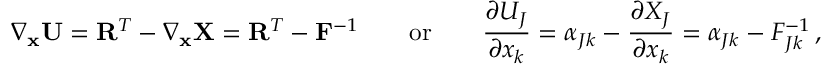
\nabla _ { \mathbf { x } } \mathbf { U } = \mathbf { R } ^ { T } - \nabla _ { \mathbf { x } } \mathbf { X } = \mathbf { R } ^ { T } - \mathbf { F } ^ { - 1 } \qquad { \mathrm { o r } } \qquad { \frac { \partial U _ { J } } { \partial x _ { k } } } = \alpha _ { J k } - { \frac { \partial X _ { J } } { \partial x _ { k } } } = \alpha _ { J k } - F _ { J k } ^ { - 1 } \, ,